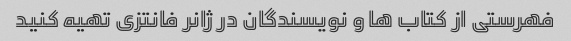
فهرستی از کتاب ها و نویسندگان در ژانر فانتزی تهیه کنید